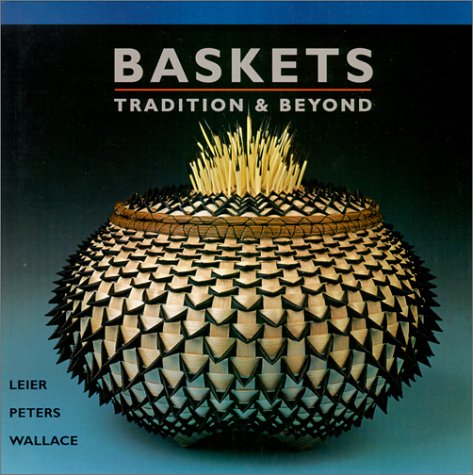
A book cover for Baskets: Tradition & Beyond; Jan Peters; Crafts, Hobbies & Home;